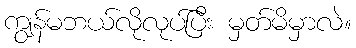
ကျွန်မဘယ်လိုလုပ်ပြီး မှတ်မိမှာလဲ။